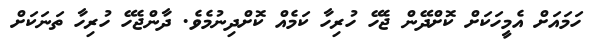
ހަމައަށް އެމީހަކަށް ކޮށްދޭން ޖެހޭ ހުރިހާ ކަމެއް ކޮށްދިނުމެވެ. ދާންޖެހޭ ހުރިހާ ތަނަކަށް